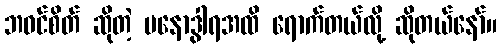
ဘဝင်စိတ် ဆိုတဲ့ မနောဒွါရအထိ ရောက်တယ်လို့ ဆိုတယ်နော်။